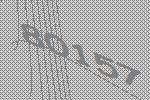
80157